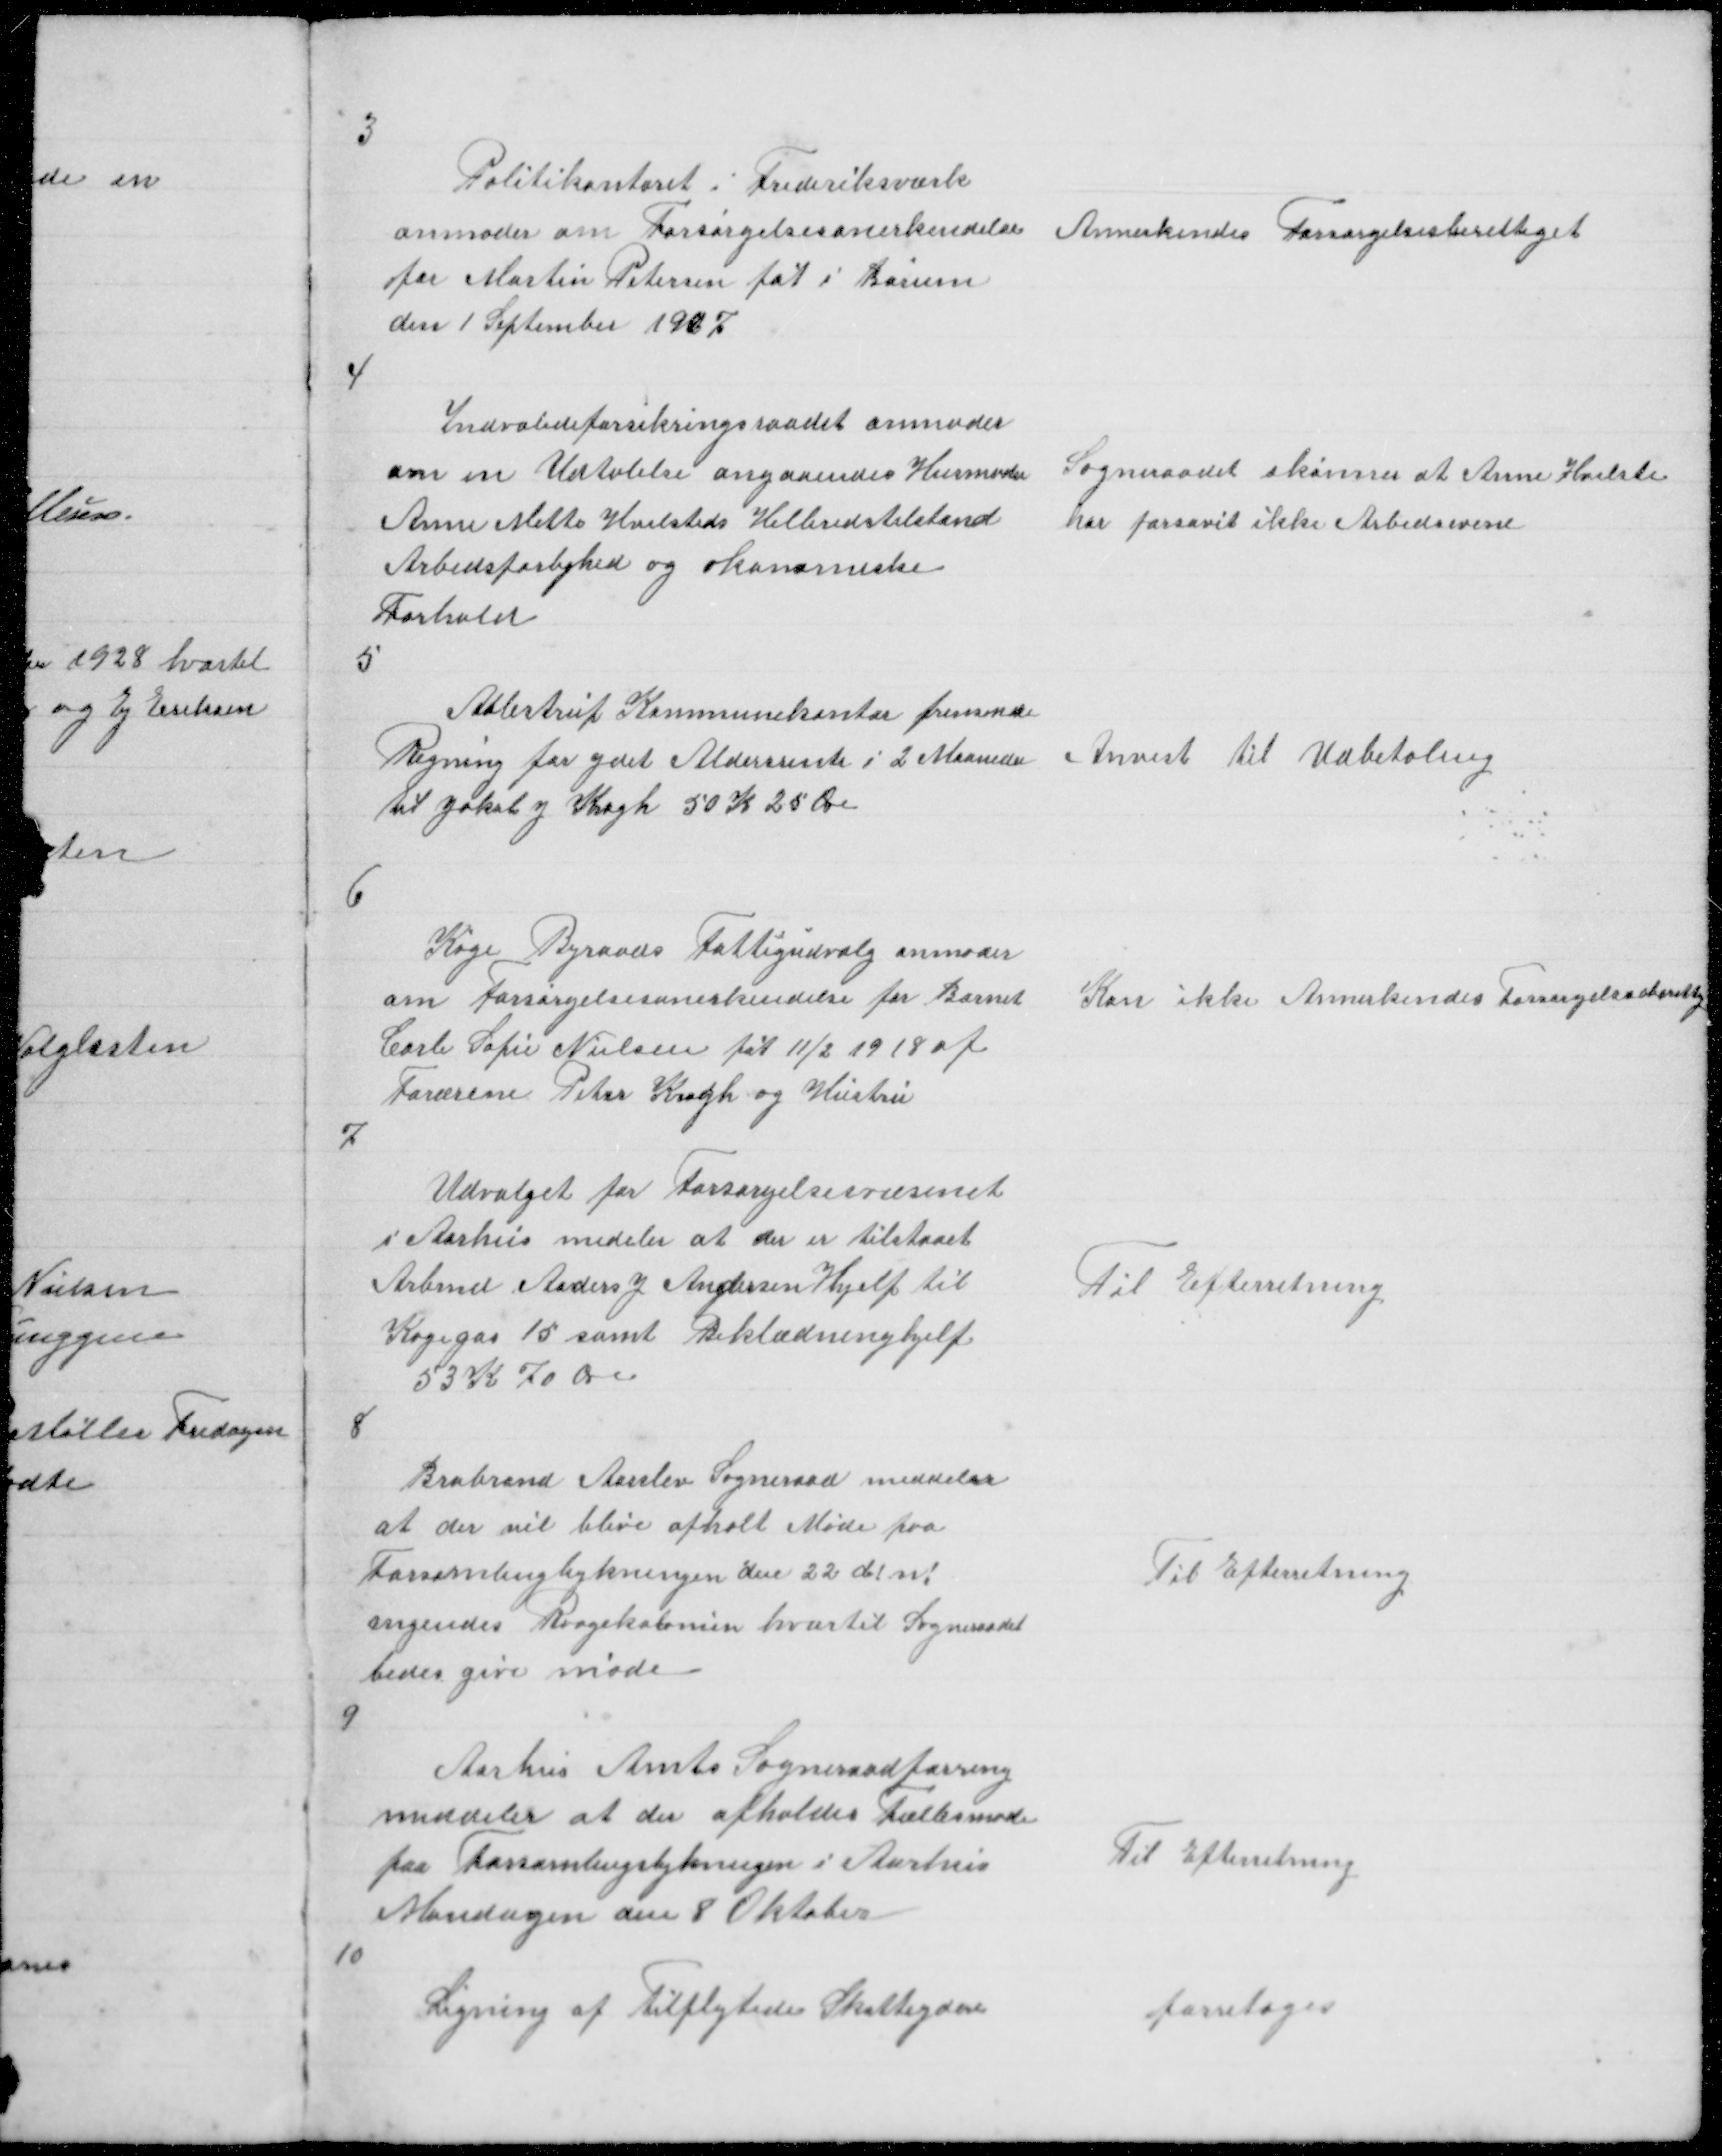
Transskription:
3

Politikontoret i Frederiksværk
anmoder om Forsørgelsesanerkendelse
for Martin Petersen føt i Borum
den 1 September 1907

Annerkendes Forsørgelsesberettiget

4

Indvalideforsikringsraadet anmoder
om en Udtalelse angaaendes Husmoder
Anne Mette Hvilsteds Helbredstilstand
Arbedsførlighed og økonomiske
Forhold

Sogneraadet skønner at Anne Hvilste
har forsaavit ikke Arbedsevne

5

Aalestrup Kommunekontor fremsende
Regning for ydet Aldersrente i 2 Maaneder
til Jakob J Krogh 50 K 25 Øre

Anvist til Udbetaling

6

Køge Byraads Fattigudvalg anmoder
om Forsørgelsesanerkendelse for Barnet
Carle Sofie Nielsen føt 11/2 1918 af
Forærene Peter Krogh og Hustru

Kan ikke Annerkendes Forsørgelsesberettiget

7

Udvalget for Forsørgelsesvæsenet
i Aarhus medeler at der er tilstaaet
Arbmd Anders J Andersen Hjelp til
Kogegas 15 samt Beklædningshjelp
53 K 70 Øre

Til Efterretning

8

Brabrand Aarslev Sogneraad meddeler
at der vil blive afholt Møde paa
Forsamlingsbykningen den 22 d! n!
angendes Raagekolonin hvortil Sogneraadet
bedes gøre møde

Til Efterretning

9

Aarhus Amts Sogneraadforening
meddeler at der afholdes Fællesmøde
paa Forsamlingsbykningen i Aarhus
Mandagen den 8 Oktober

Til Efterretning

10

Ligning af Tilflytede Skatteydere

foretoges